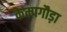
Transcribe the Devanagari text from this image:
केम्पगौड़ा